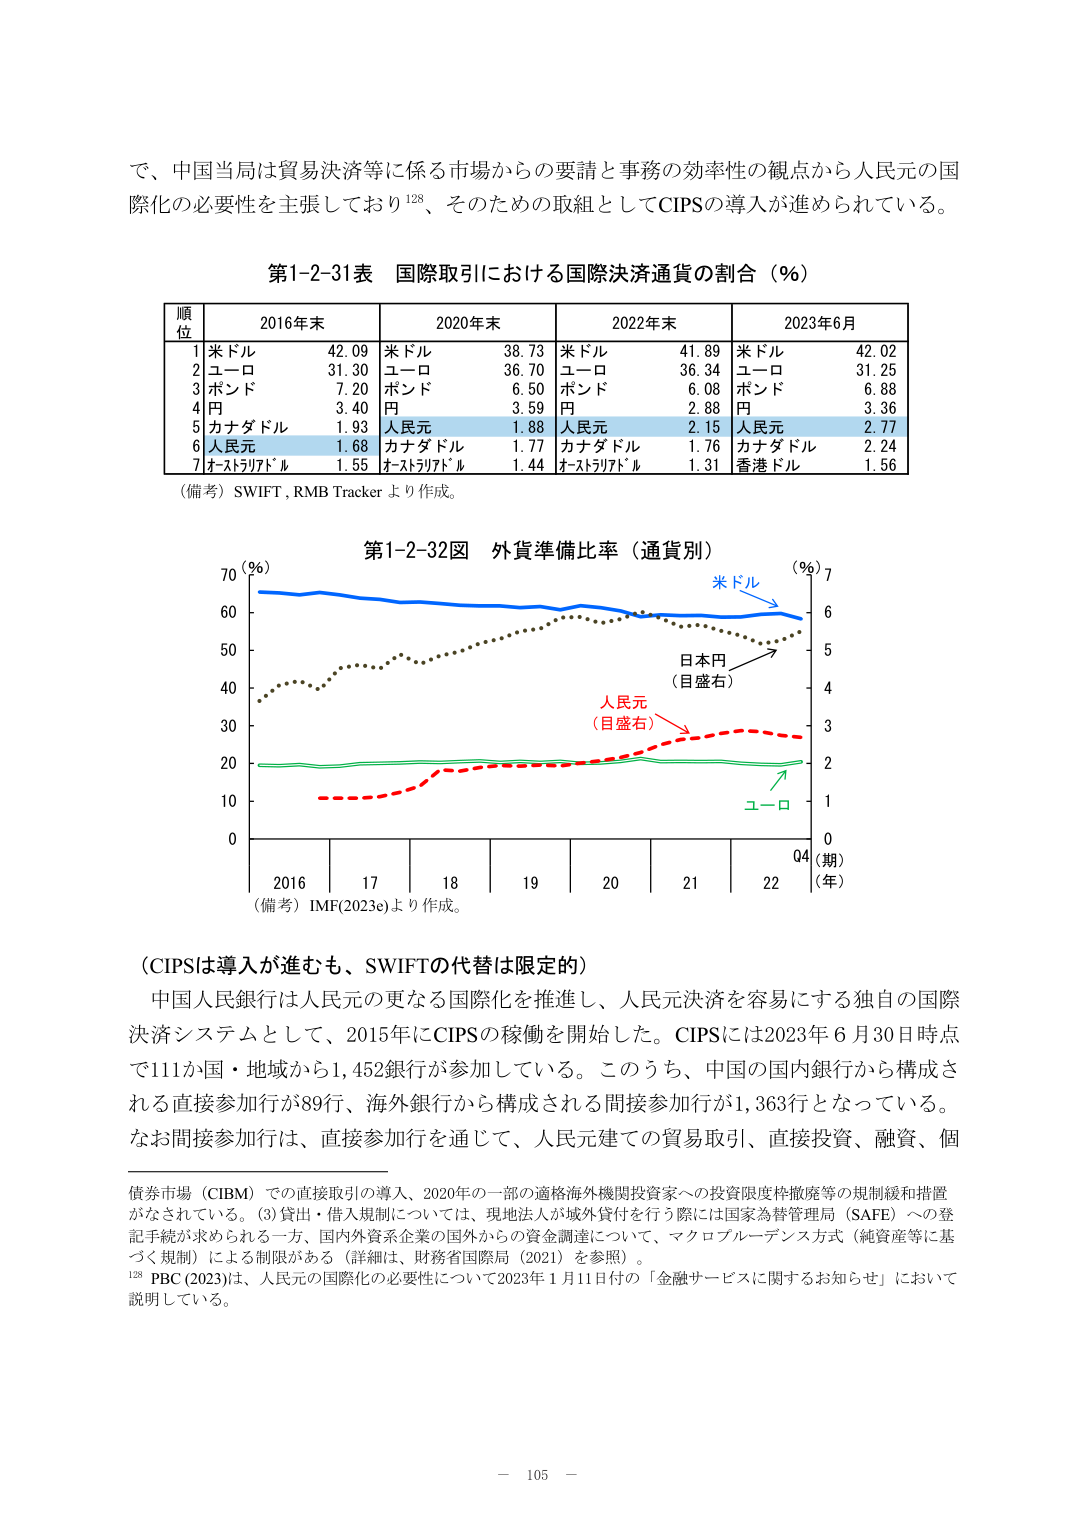
で、中国当局は貿易決済等に係る市場からの要請と事務の効率性の観点から人民元の国際化の必要性を主張しており¹²⁸、そのための取組としてCIPSの導入が進められている。

第1-2-31表 国際取引における国際決済通貨の割合（％）

順位　2016年末　　　2020年末　　　2022年末　　　2023年6月
1　米ドル　42.09　　米ドル　38.73　　米ドル　41.89　　米ドル　42.02
2　ユーロ　31.30　　ユーロ　36.70　　ユーロ　36.34　　ユーロ　31.25
3　ポンド　7.20　　ポンド　6.50　　ポンド　6.08　　ポンド　6.88
4　円　　3.40　　円　　3.59　　円　　2.88　　円　　3.36
5　カナダドル　1.93　　人民元　1.88　　人民元　2.15　　人民元　2.77
6　人民元　1.68　　カナダドル　1.77　　カナダドル　1.76　　カナダドル　2.24
7　オーストラリアドル　1.55　　オーストラリアドル　1.44　　オーストラリアドル　1.31　　香港ドル　1.56

（備考）SWIFT、RMB Tracker より作成。

第1-2-32図 外貨準備比率（通貨別）

（％）　　　　　　　　　　　　　　　　　　　　　　　　　　（％）
70　　　　　　　　　　　　　　　　　　　　　　　　　　　　7
60　　　　　　　　　　　　　　　　　　　　　　　　　　　　6
50　　　　　　　　　　　　　　　　　　　　　　　　　　　　5
40　　　　　　　　　　　　　　　　　　　　　　　　　　　　4
30　　　　　　　　　　　　　　　　　　　　　　　　　　　　3
20　　　　　　　　　　　　　　　　　　　　　　　　　　　　2
10　　　　　　　　　　　　　　　　　　　　　　　　　　　　1
0　　　　　　　　　　　　　　　　　　　　　　　　　　　　0

　　　　　　　　　　　　　　　　　　　　　　　　　　　　（期）
　　　　　　　　　　　　　　　　　　　　　　　　　　　　（年）
　　　　　　　　　　　　　　　　　　　　　　　　　　　　Q4
　　　　　　　　　　　　　　　　　　　　　　　　　　　　2016　17　18　19　20　21　22

（備考）IMF(2023e)より作成。

（CIPSは導入が進むも、SWIFTの代替は限定的）

中国人民銀行は人民元の更なる国際化を推進し、人民元決済を容易にする独自の国際決済システムとして、2015年にCIPSの稼働を開始した。CIPSには2023年6月30日時点で111か国・地域から1,452銀行が参加している。このうち、中国の国内銀行から構成される直接参加行が89行、海外銀行から構成される間接参加行が1,363行となっている。なお間接参加行は、直接参加行を通じて、人民元建ての貿易取引、直接投資、融資、個

債券市場（CIBM）での直接取引の導入、2020年の一部の適格海外機関投資家への投資限度枠撤廃等の規制緩和措置がなされている。（3）貸出・借入規制については、現地法人が域外貸付を行う際には国家為替管理局（SAFE）への登記手続が求められる一方、国内外資系企業の国外からの資金調達について、マクロプルーデンス方式（純資産等に基づく規制）による制限がある（詳細は、財務省国際局（2021）を参照）。

¹²⁸ PBC (2023)は、人民元の国際化の必要性について2023年1月11日付の「金融サービスに関するお知らせ」において説明している。

－ 105 －